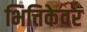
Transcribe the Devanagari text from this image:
भित्तिकेवर